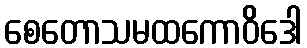
စေတောသမထကောဝိဒေါ